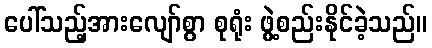
ပေါ်သည့်အားလျော်စွာ စုရုံး ဖွဲ့စည်းနိုင်ခဲ့သည်။